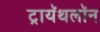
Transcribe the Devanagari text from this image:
ट्रायॅथलॉन